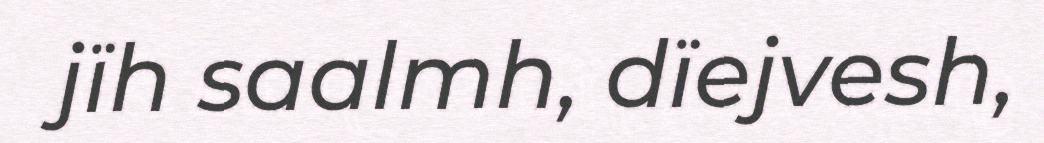
jïh saalmh, dïejvesh,